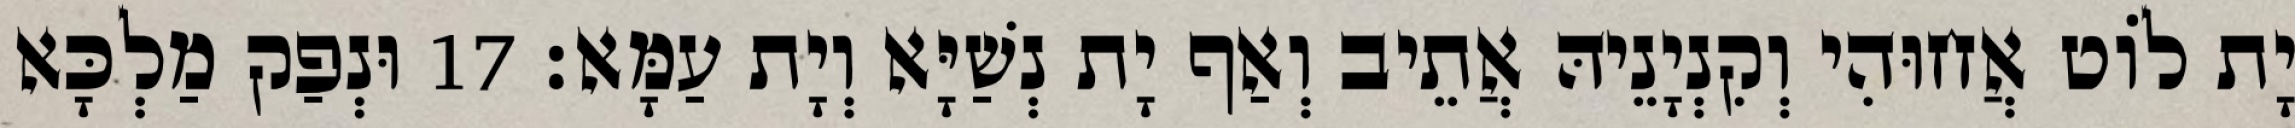
יָת לוֹט אֲחוּהִי וְקִנְיָנֵיהּ אֲתֵיב וְאַף יָת נְשַׁיָּא וְיָת עַמָּא׃ 17 וּנְפַק מַלְכָּא